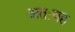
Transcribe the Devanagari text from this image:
अतःयह